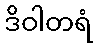
ဒိဝါတရံ